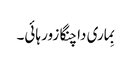
بِماری دا چنگا زور ہائی۔